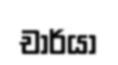
චාර්යා